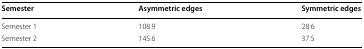
| Semester | Asymmetric edges | Symmetric edges |
 | --- | --- | --- |
 | Semester 1 | 108.9 | 28.6 |
 | Semester 2 | 145.6 | 37.5 |